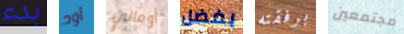
بدء أود أومالي بفضل برفقته مجتمعين